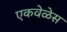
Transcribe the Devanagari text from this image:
एकवेळेस